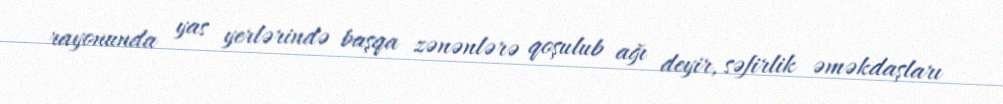
rayonunda yas yerlərində başqa zənənlərə qoşulub ağı deyir, səfirlik əməkdaşları